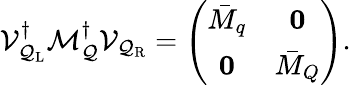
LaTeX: {\cal V}_{{\cal Q}_{\mathrm{L}}}^{\dagger}{\cal M}_{\cal Q}^{\dagger}{\cal V}_{{\cal Q}_{\mathrm{R}}}=\left(\begin{array}{cc}{{{\bar{M}}_{q}}}&{{{\mathbf 0}}}\\ {{{\mathbf 0}}}&{{{\bar{M}}_{Q}}}\end{array}\right).